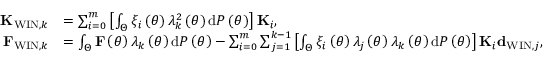
\begin{array} { r l } { { \bf K } _ { \mathrm { W I N } , k } } & { = \sum _ { i = 0 } ^ { m } \left[ \int _ { \Theta } \xi _ { i } \left( \theta \right) \lambda _ { k } ^ { 2 } \left( \theta \right) \mathrm { d } { \cal P } \left( \theta \right) \right] { \bf K } _ { i } , } \\ { { \bf F } _ { \mathrm { W I N } , k } } & { = \int _ { \Theta } { \bf F } \left( \theta \right) \lambda _ { k } \left( \theta \right) \mathrm { d } { \cal P } \left( \theta \right) - \sum _ { i = 0 } ^ { m } \sum _ { j = 1 } ^ { k - 1 } \left[ \int _ { \Theta } \xi _ { i } \left( \theta \right) \lambda _ { j } \left( \theta \right) \lambda _ { k } \left( \theta \right) \mathrm { d } { \cal P } \left( \theta \right) \right] { \bf K } _ { i } { \bf d } _ { \mathrm { W I N } , j } , } \end{array}